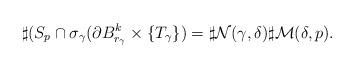
LaTeX: \begin{align*}\sharp(S_p\cap \sigma_{\gamma}(\partial B^k_{r_{\gamma}}\times\{T_{\gamma}\})=\sharp\mathcal{N}(\gamma,\delta)\sharp\mathcal{M}(\delta,p).\end{align*}